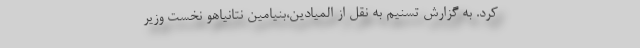
کرد. به گزارش تسنیم به نقل از المیادین،بنیامین نتانیاهو نخست وزیر